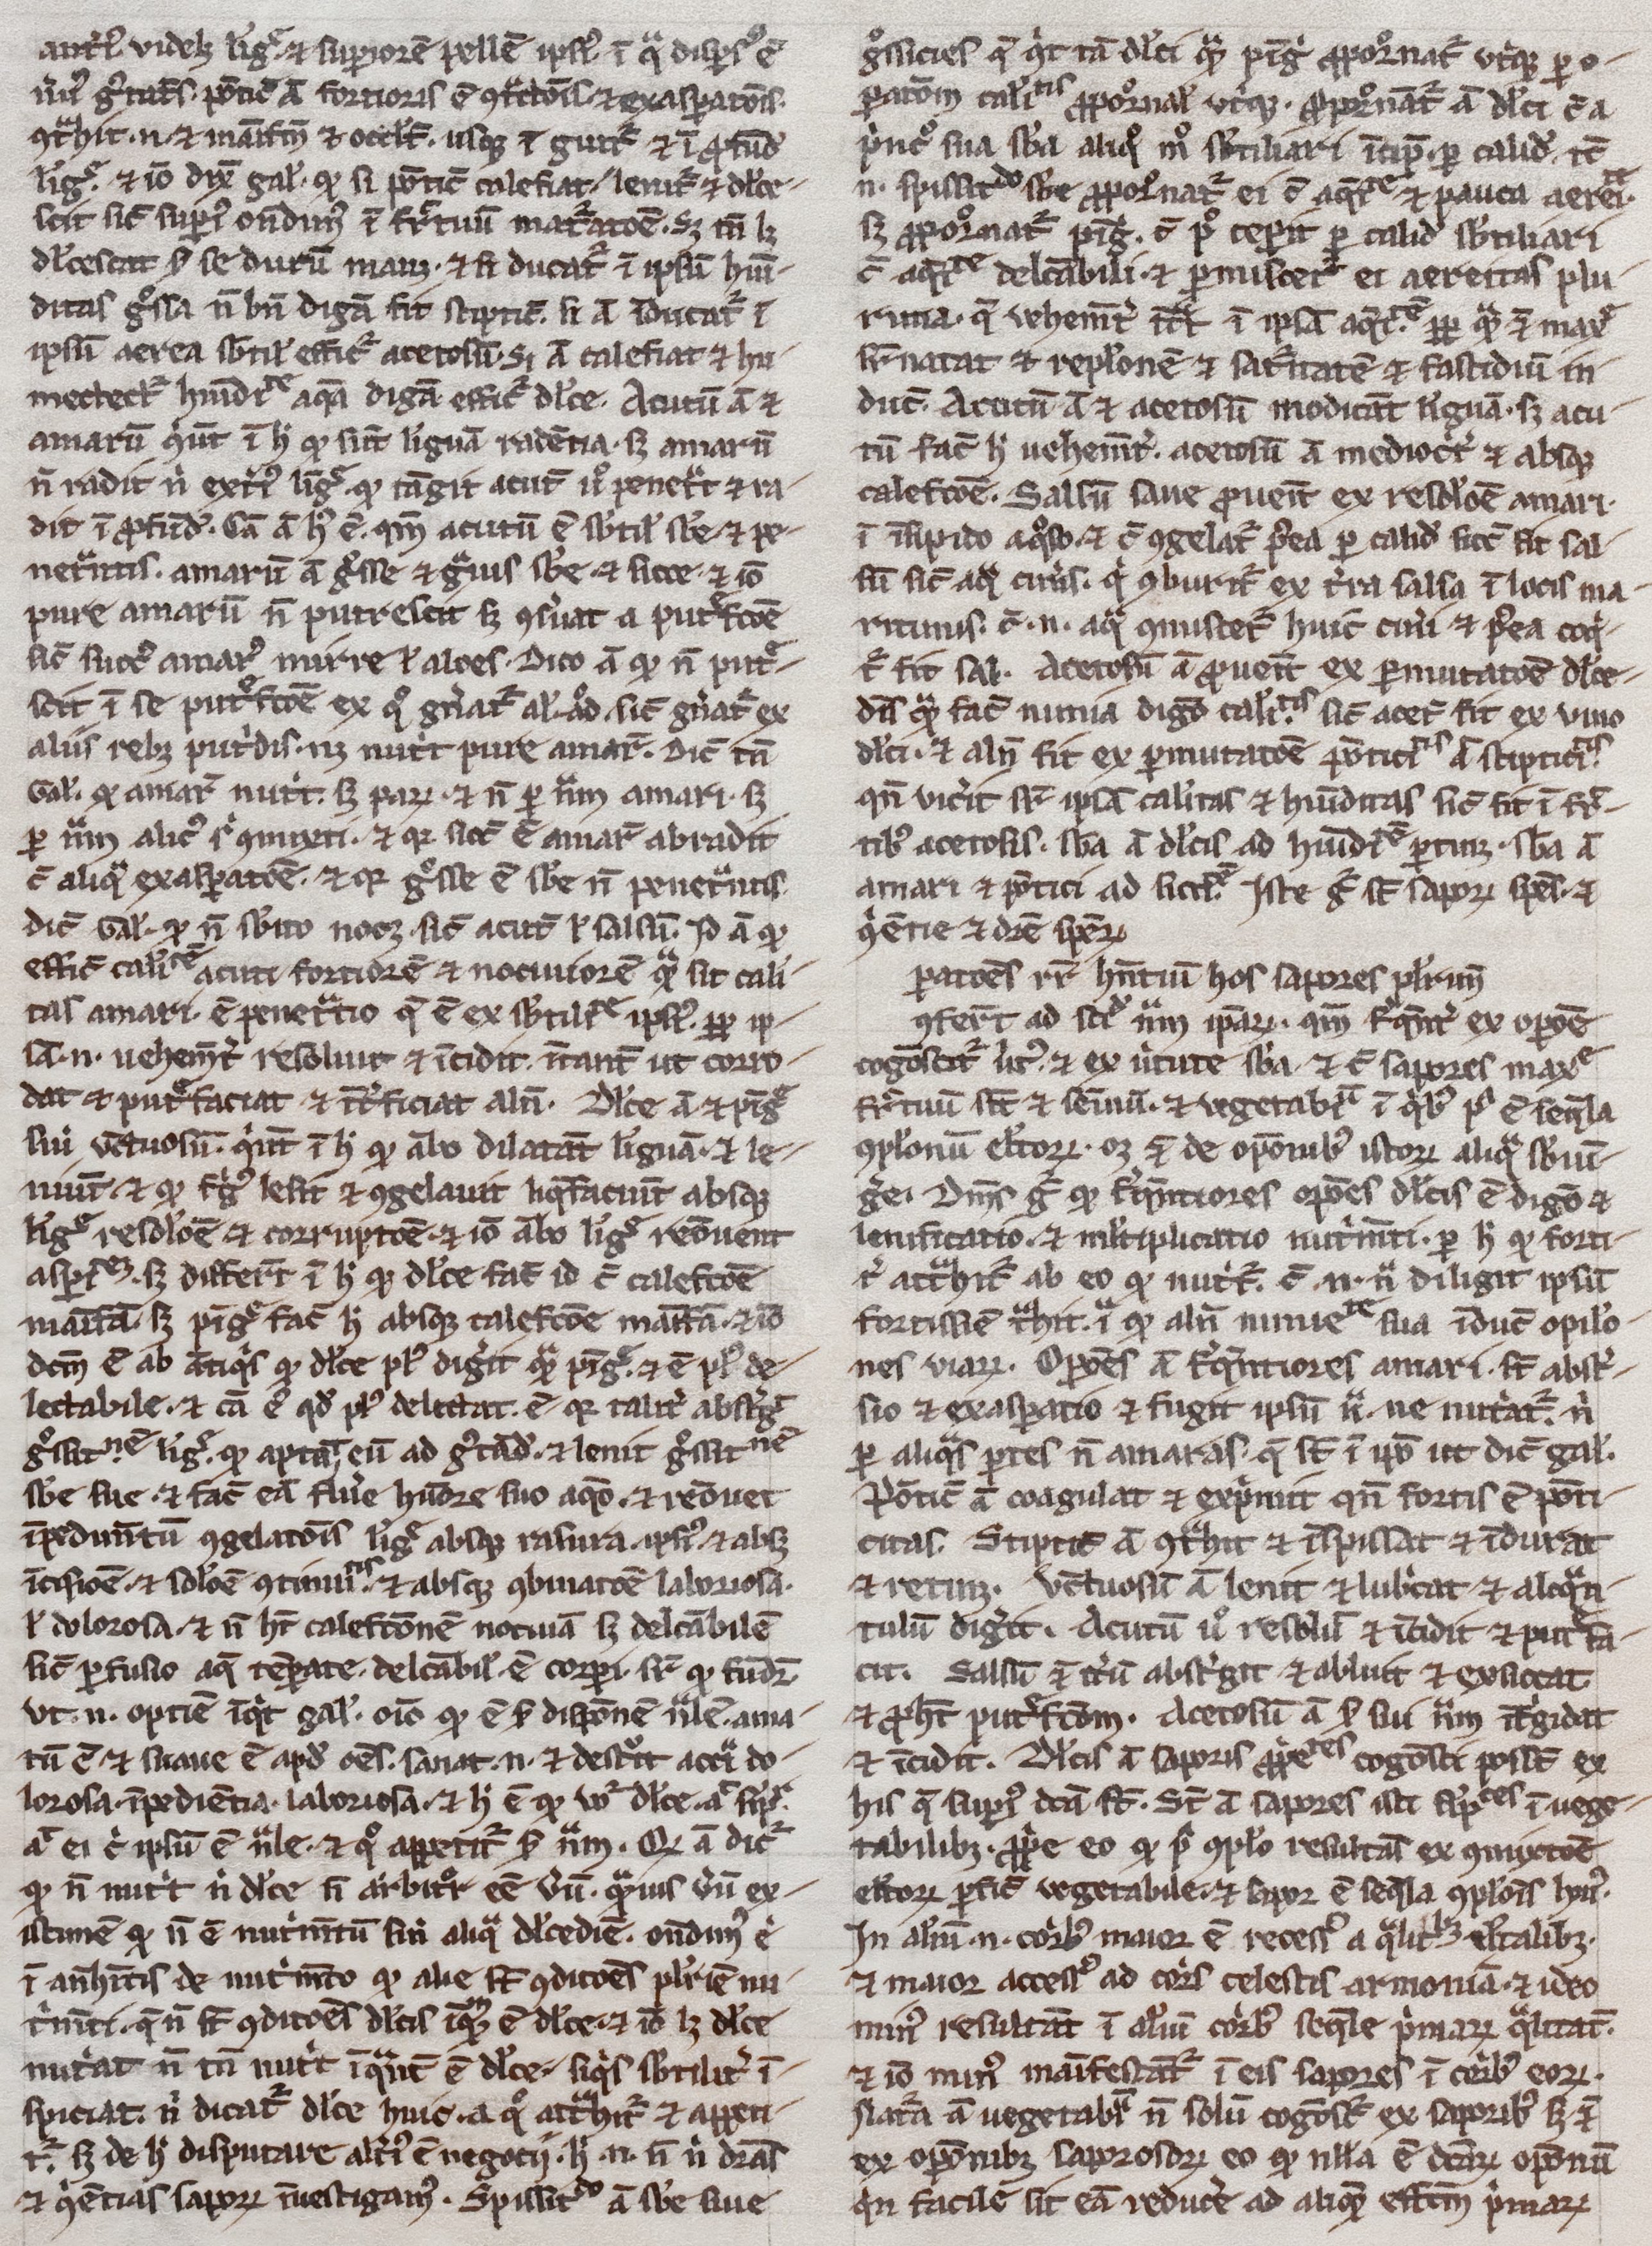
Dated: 1300–1399